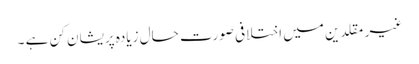
غیر مقلدین میں اختلافی صورت حال زیادہ پریشان کن ہے ۔